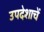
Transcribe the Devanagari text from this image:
उपदेशाचें